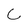
Character: C